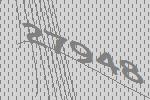
27948